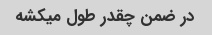
در ضمن چقدر طول میکشه